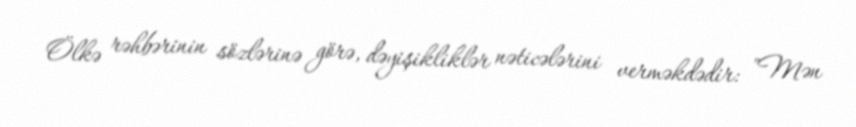
Ölkə rəhbərinin sözlərinə görə, dəyişikliklər nəticələrini verməkdədir: "Mən